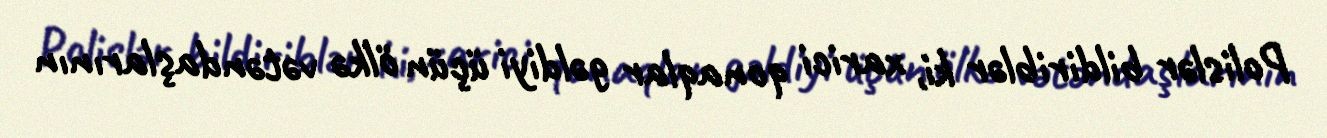
Polislər bildiriblər ki, xarici qonaqlar gəldiyi üçün ölkə vətəndaşlarının